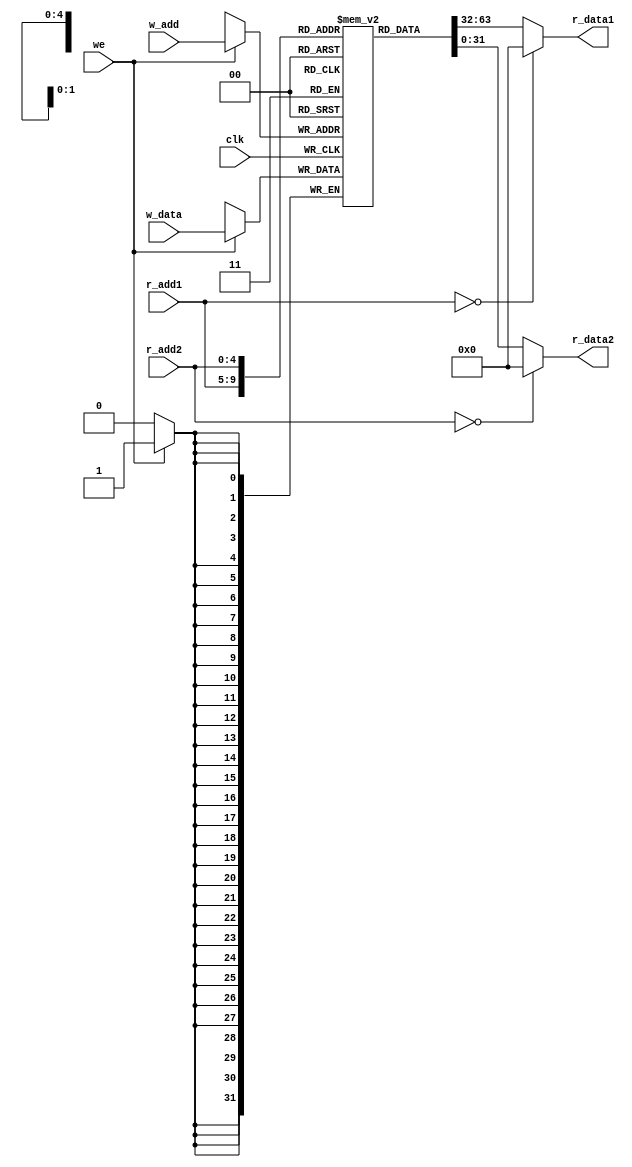
////////////////
///// REGISTER FILE 
////////////////

`timescale 1ps/1ps 

module RF (
		output [31:0] r_data1, r_data2, 
		input clk, we, 
		input [4:0] r_add1, r_add2, w_add, 
		input [31:0] w_data 

); 
		reg [31:0] RF_R[0:31]; 
	/******************* WRITE DATA *******************/
		always @ (negedge clk)
		begin #50
		if (we)
			 RF_R[w_add]<= w_data; 
			 
		//else RF_R[w_add]<=RF_R[w_add]; 
		end 
		
		/**************READ DATA ******************/
		
		 assign #50 r_data1 = (r_add1==0)? 0 : RF_R[r_add1];
		
		 assign #50 r_data2 = (r_add2==0)? 0 : RF_R[r_add2];


endmodule